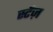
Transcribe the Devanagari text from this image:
स्टेंज़